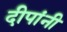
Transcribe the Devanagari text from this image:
दीपांनी